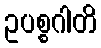
ဥပစ္စဂါတိ